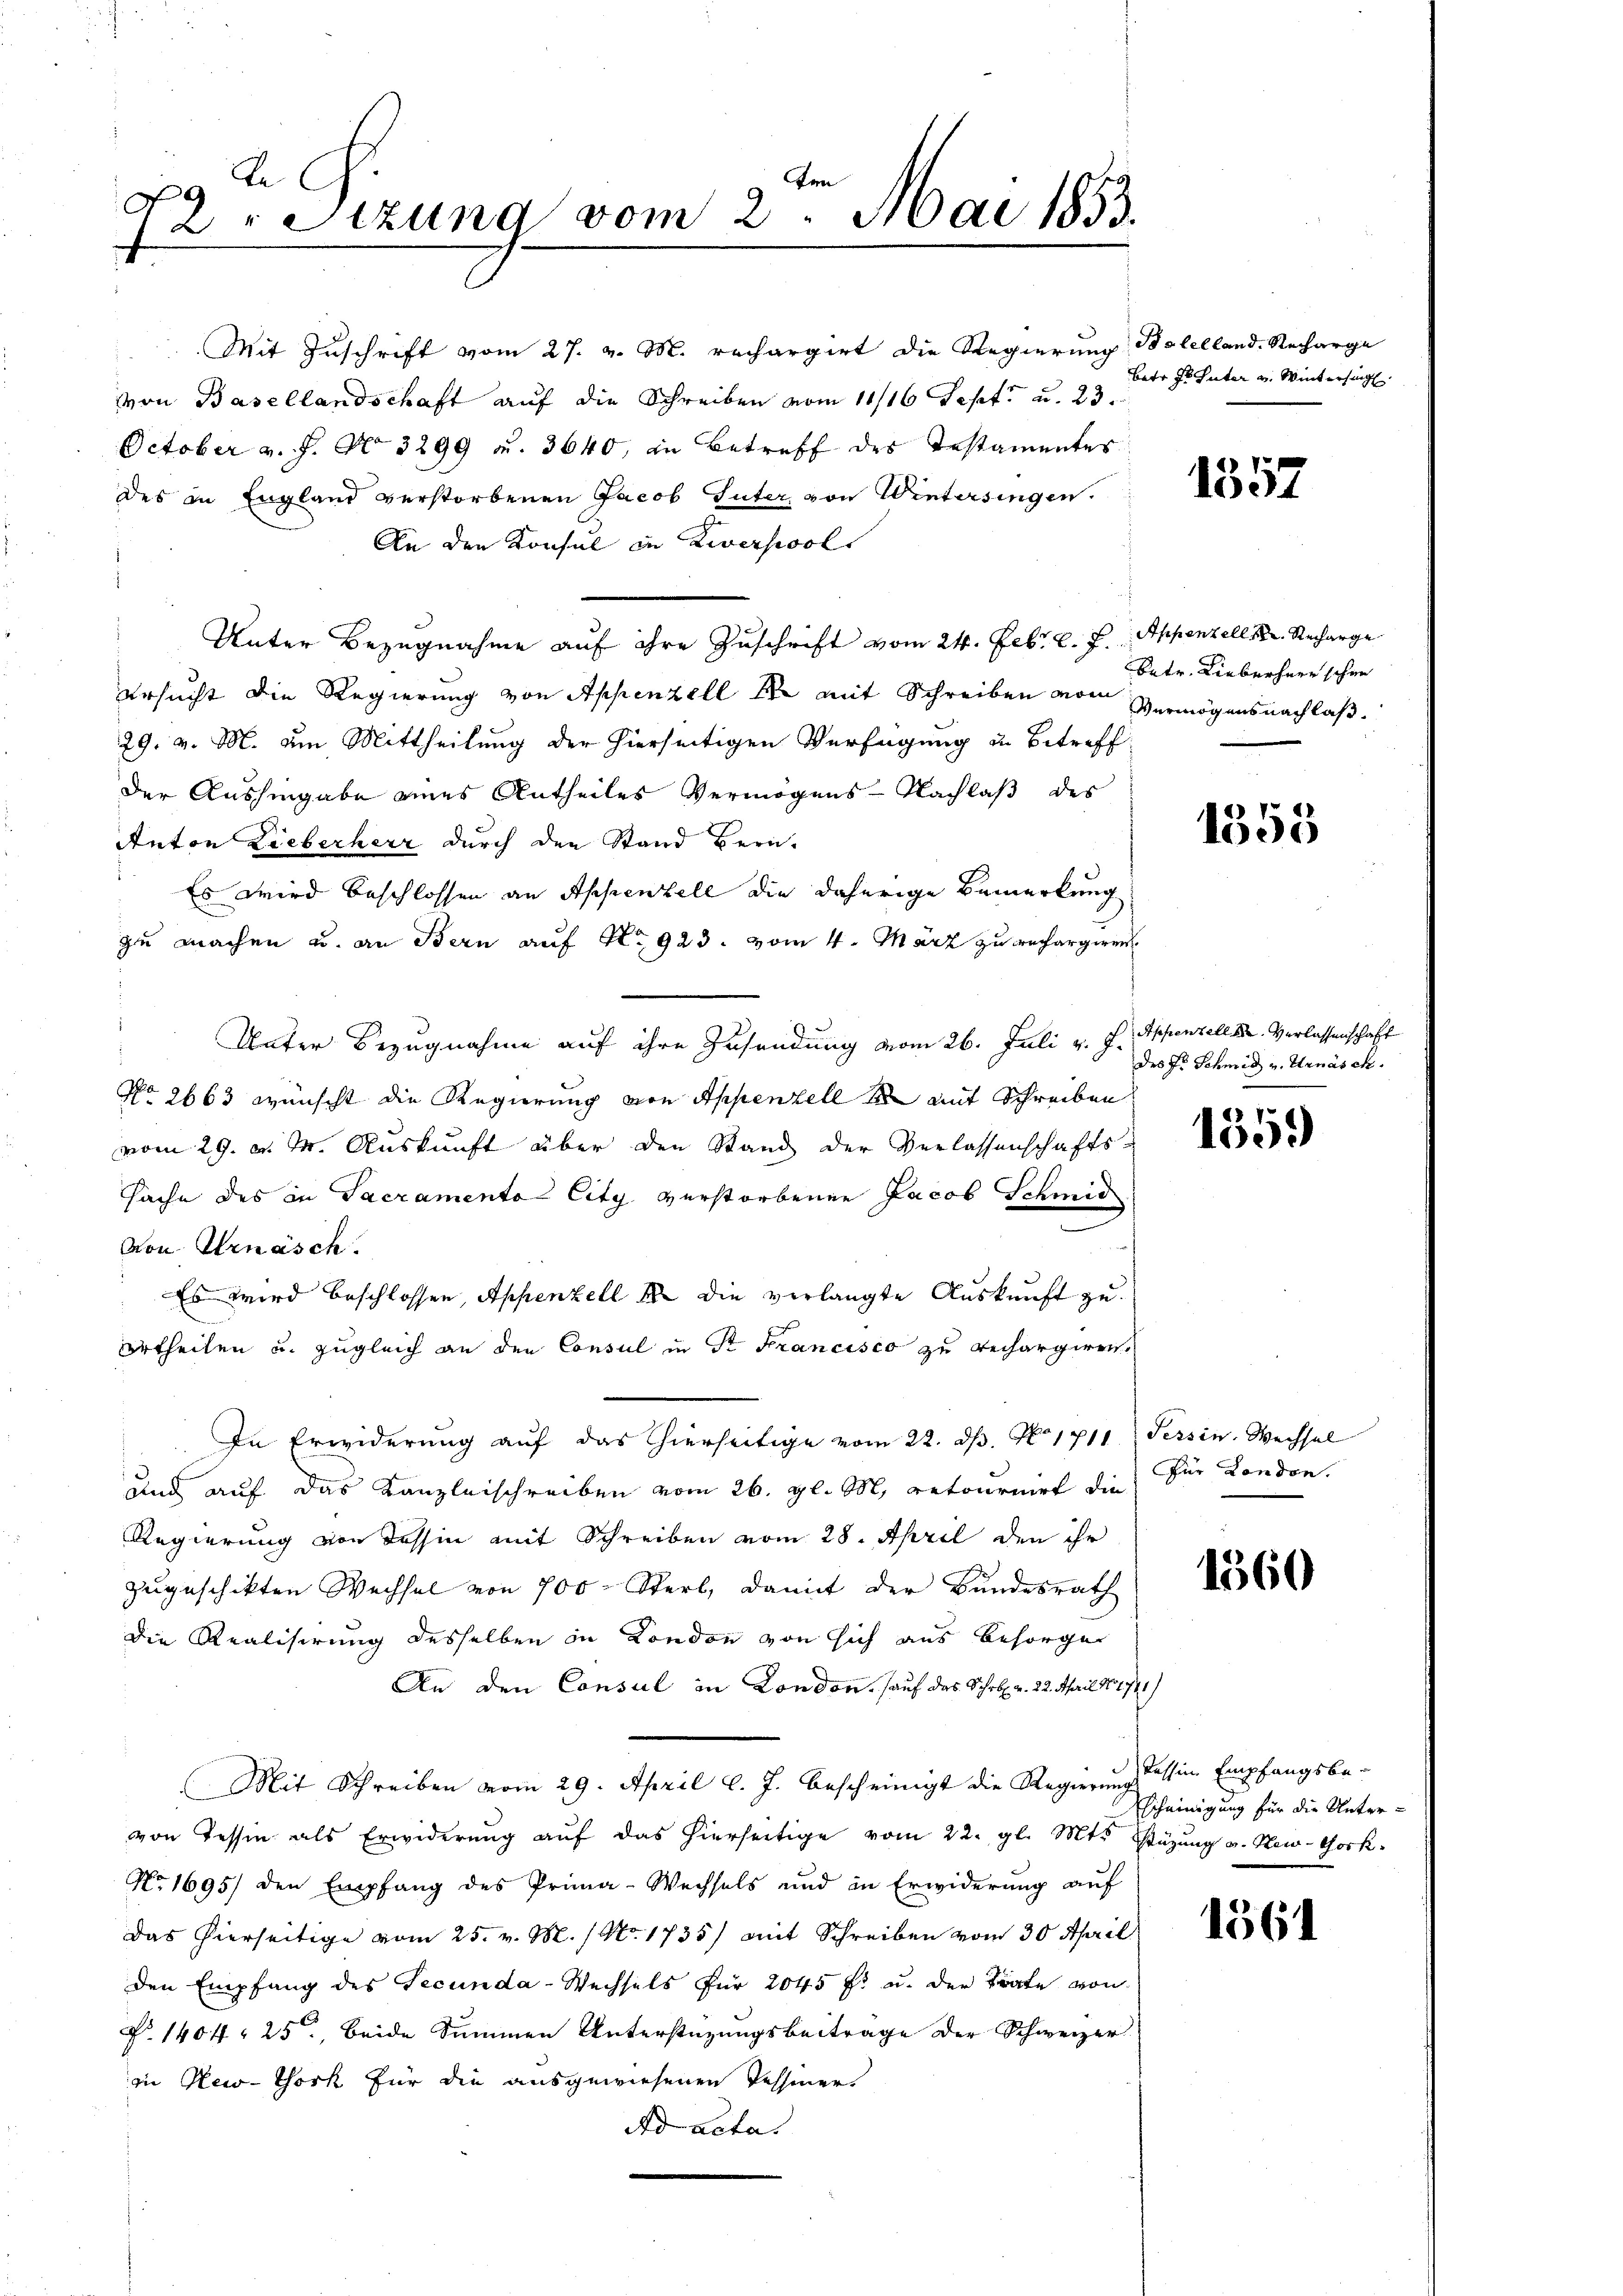
de C
72. Sitzung vom 2. Mai 1853.

Mit Zuschrift vom 27. v. M. rechargirt die Regierung Salelland. Recharge
i
von Basellandschaft auf die Schreiben vom 11/16 Sept. u. 23.
October v. J. No 3299 u. 3640, in Betreff des Testamentes
Des in England verstorbenen Jacob Guter von Wintersingen.
An den Konsul in Zwersicol
Unter Bezugnahme auf ihre Zuschrift vom 24. Febr. v. 7. Appenzell k. Recharge
ersucht die Regierung von Appenzell er mit Schreiben vom Vermögensnachlaß¬
29. v. M. am Mittheilung der hierseitigen Verfügung in Betreff
der Aushingabe eines Antheiles Vermögens- Nachlaß des
Anton Lieberheir durch den Stand Bern.
Es wird beschlossen an Appenzell die daherige Bemerkung
zu machen u. an Bern auf No 923. vom 4. März zu rechargiren
Unter Bezugnahme auf ihre Zusendung vom 26. Juli v. J.
No 2663 wünscht die Regierung von Appenzell de mit Schreiben
vom 29. d. M. Auskunft über den Stand der Verlassenschafts-
sache des in Sacramente City verstorbenen Jacob Schmid
von Urnasch.
Es wird beschlossen, Appenzell u. die verlangte Auskunft zu
urtheilen u. zugleich an den Consul in St. Francisco zu rechargiren.
In Erwiderung auf das hierseitige vom 22. d. No. 1711.
und auf das Kanzleischreiben vom 26. gl. M. retournirt die
Regierung von Tessin mit Schreiben vom 28. April den ihr
zugeschikten Wechsel von 700 Sterl, damit der Bundesrath
die Realisirung desselben in London von sich aus besorge
An den Consul in London, sauf das Schr. v. 22. April 187711)
Mit Schreiben vom 29. April l. J. bescheinigt die Regierung dessin Empfangsbe-
von Tessin als Erwiderung auf das hierseitige vom 22. gl. Mts. Stüzung v. New-York
No 1695) den Empfang des Prima-Wechsels und in Erwiderung auf
Das hierseitige vom 25. v. M. / No. 1735) mit Schreiben vom 30 April
den Empfang des Secunda-Wechsels für 2045 f. u. der trafe von
P. 1404. 25, beide Summen Unterstüzungsbeitrage der Schweizer
in New-York für die ausgewiesenen Tessiner-
Ad acta.

Batr Jesuter v. Wintersing.

1357

betr. Lieberherr schon

1355

Appenzell u. Verlassenschaft
des Fr. Schmid v. Urnasch.

1559

Tessin. Wechsel
für London.

1360

Scheinigung für die Unter¬

1561